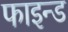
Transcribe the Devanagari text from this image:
फाइन्ड